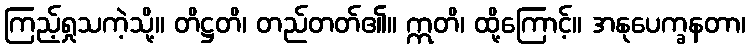
ကြည့်ရှုသကဲ့သို့။ တိဋ္ဌတိ၊ တည်တတ်၏။ ဣတိ၊ ထို့ကြောင့်။ အနုပေက္ခနတာ၊